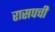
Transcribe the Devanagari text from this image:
रासपची